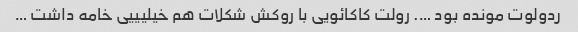
ردولوت مونده بود …. رولت کاکائویی با روکش شکلات هم خیلیییی خامه داشت …